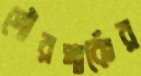
পৌরপার্কের